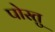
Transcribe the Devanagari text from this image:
पोस्तु